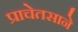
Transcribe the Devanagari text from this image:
प्राचेतसाने